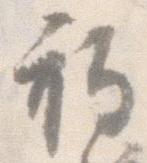
初